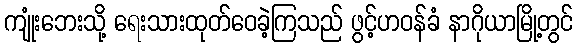
ကျုံးဘေးသို့ ရေးသားထုတ်ဝေခဲ့ကြသည် ဖွင့်ဟဝန်ခံ နာဂိုယာမြို့တွင်